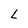
Character: L